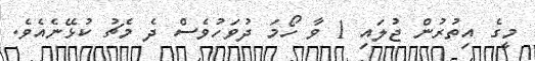
މީގެ އިތުރުން ޖުލައި 1 ވާ ހޯމަ ދުވަހުވެސް ދެ މެޗު ކުޅޭނެއެވެ.